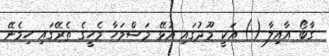
ގާބޯ އާއިލާ () އަކީ މޫދުގައި އުޅޭ މަސްމަހާ މެހީގެ ތެރޭގައި ހިމެނޭ